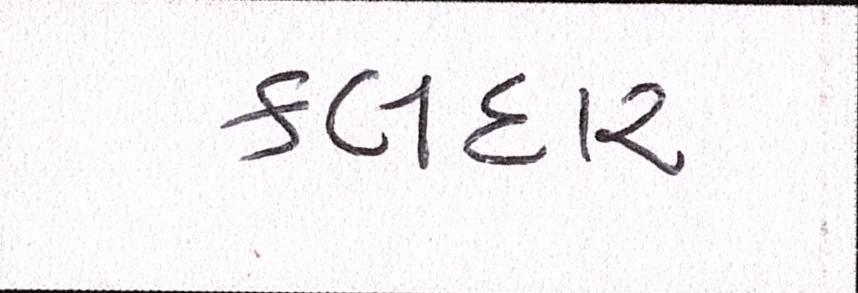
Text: કલદાર